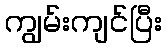
ကျွမ်းကျင်ပြီး